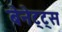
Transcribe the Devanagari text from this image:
बेनेट्ट्स